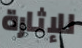
للإثارة